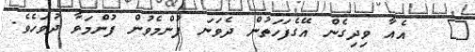
٧   އެއާ ވިދިގެން އޭގެފަހަތުން ދެވަނަ ފުންމެވުން ފުންމަވާ ދުވަހެވެ.